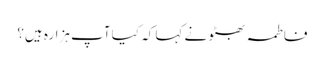
فاطمہ بھٹو نے کہا کہ کیا آپ ہزارہ ہیں؟